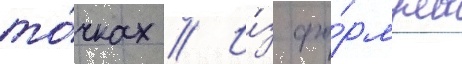
то́чках // И́з фо́рмулы